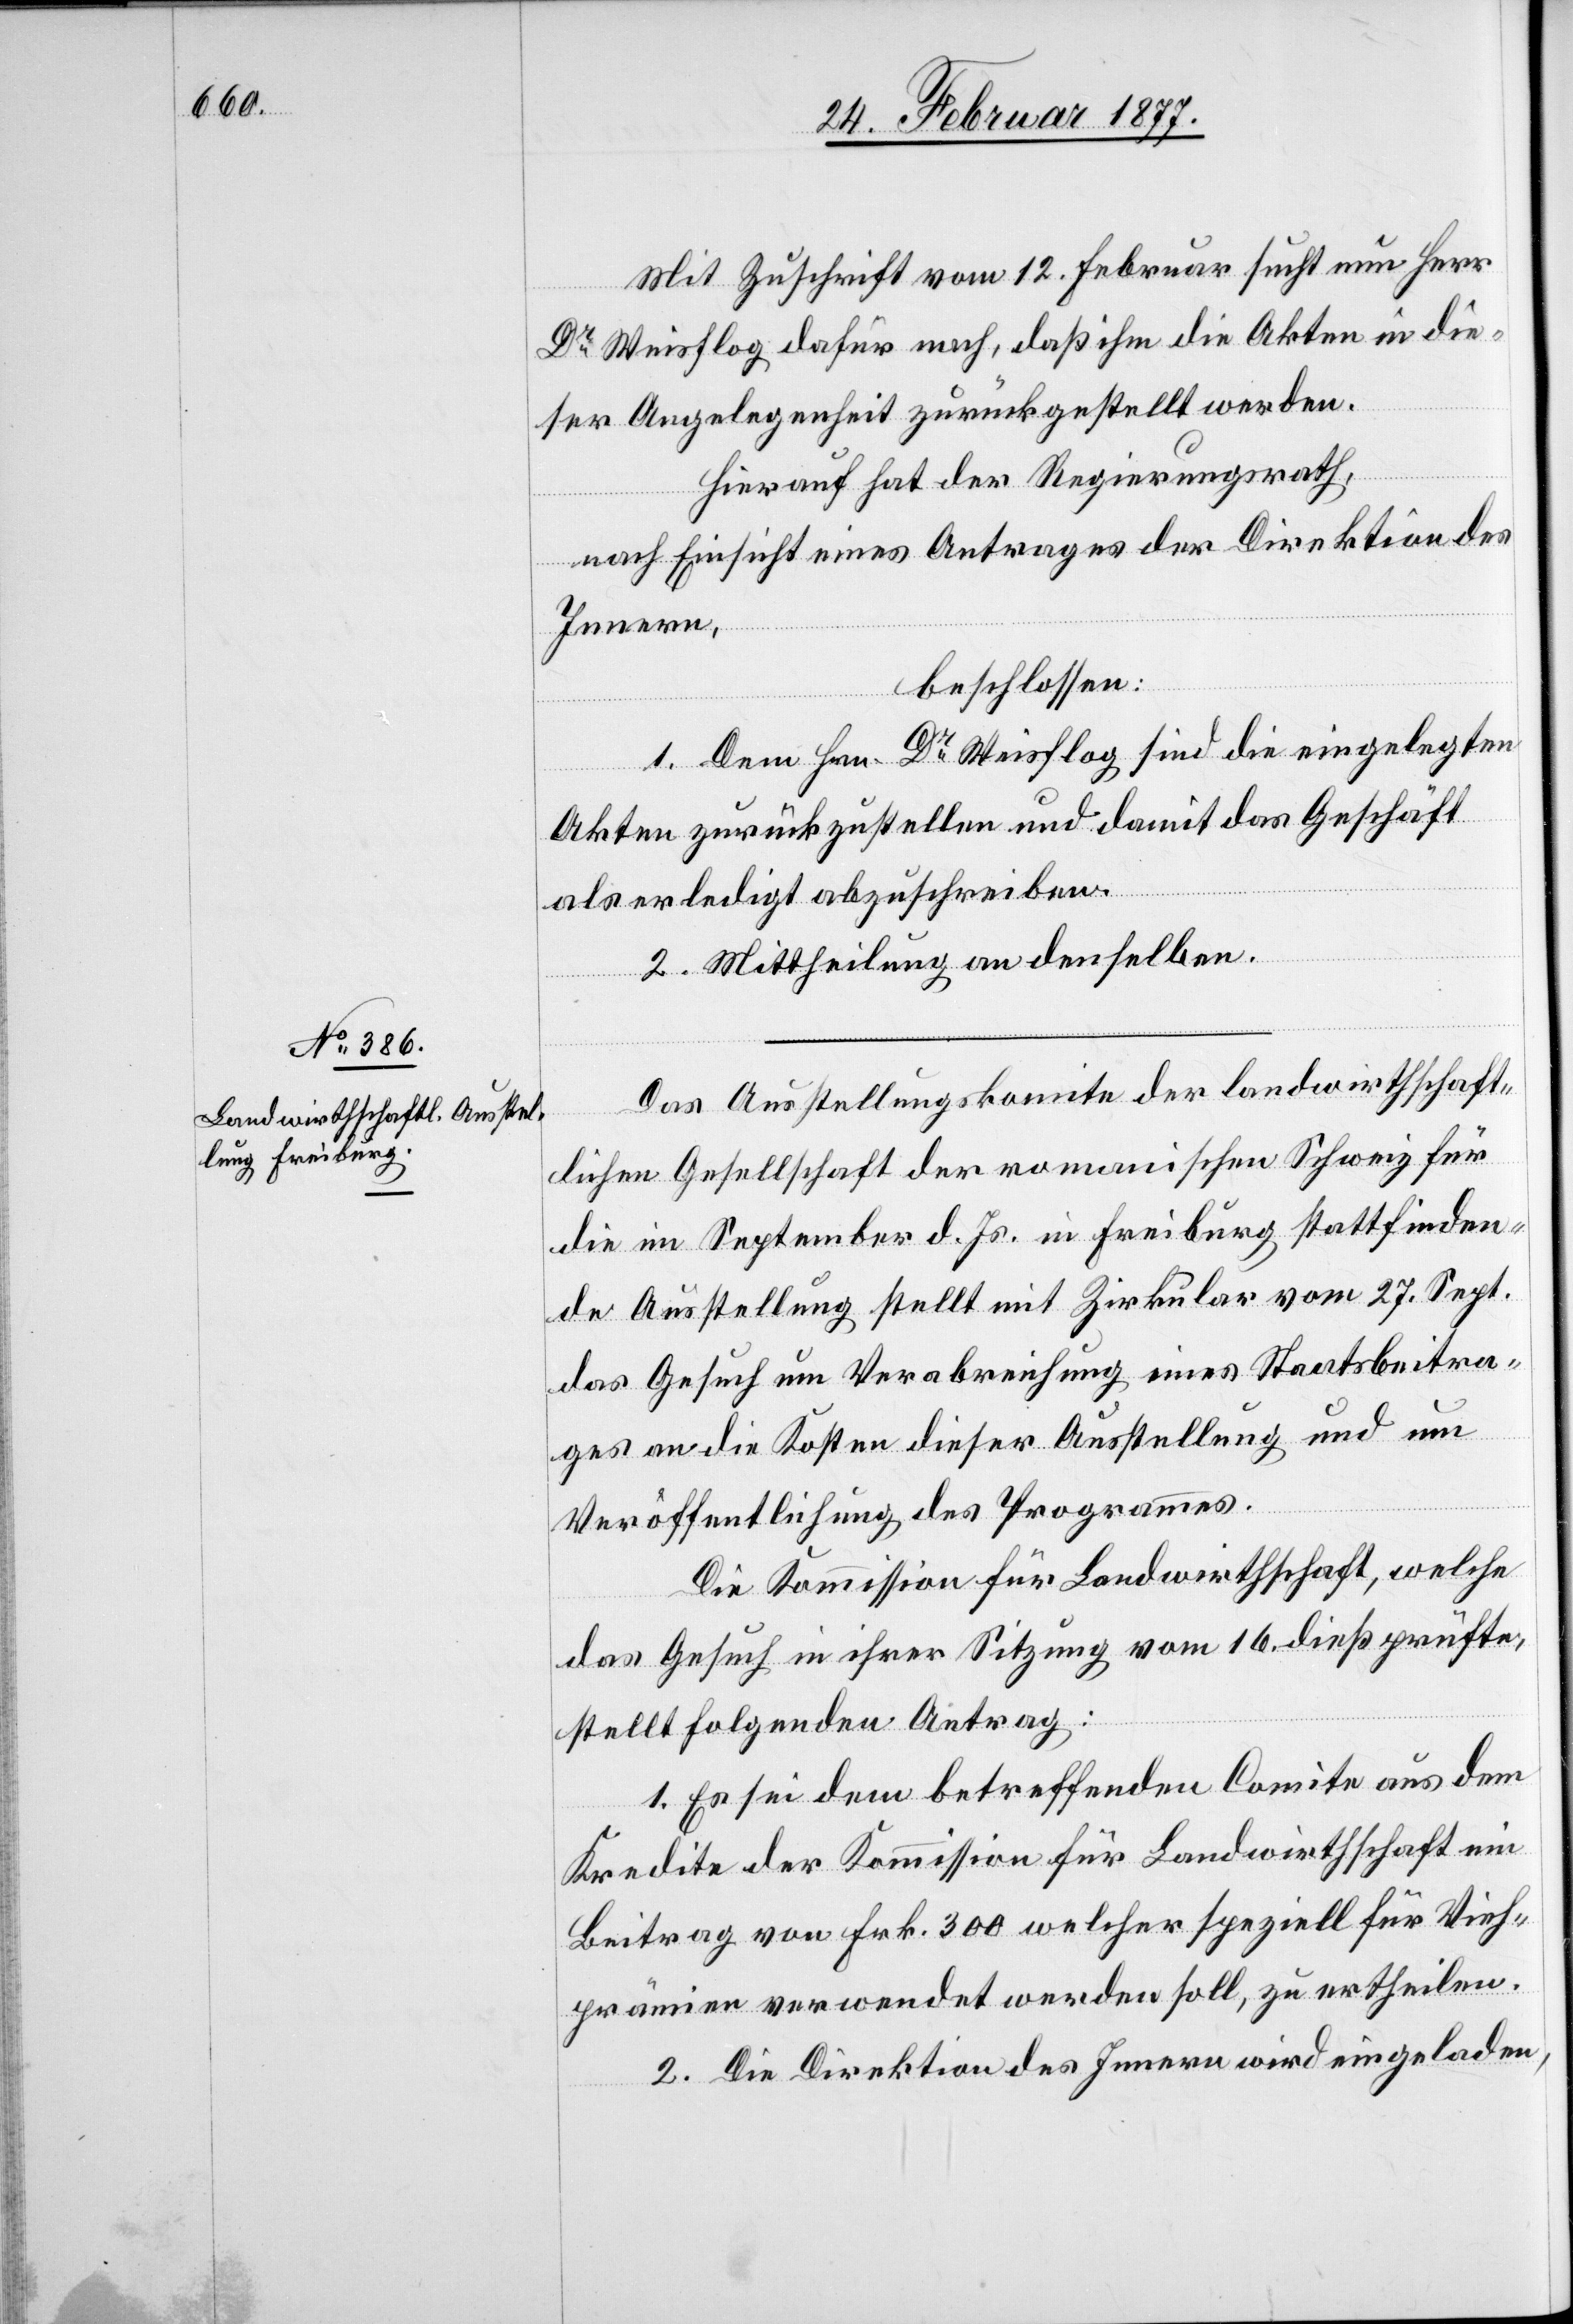
Mit Zuschrift vom 12. Februar sucht nun Herr
Dr Weisfolg dafür nach, daß ihm die Akten in die¬
ser Angelegenheit zurückgestellt werden.
Herauf hat der Regierungsrath,
nach Einsicht eines Antrages der Direktion des
Innern,
beschlossen:
1. Dem Hrn. Dr Weisfolg sind die eingelegten
Akten zurückzustellen und damit das Geschäft
als erledigt abzuschreiben.
2. Mittheilung an denselben.
Das Ausstellungskomite der landwirthschaft¬
lichen Gesellschaft der romanischen Schweiz für
die im September d. Js. in Freiburg stattfinden¬
de Ausstellung stellt mit Zirkular vom 27. Sept.
das Gesuch um Verabreichung eines Staatsbeitra¬
ges an die Kosten dieser Ausstellung und um
Veröffentlichung des Programmes.
Die Kommission für Landwirthschaft, welche
das Gesuch in ihrer Sitzung vom 16. dieß prüfte,
stellt folgenden Antrag:
1. Es sei dem betreffenden Comite aus dem
Kredite der Kommission für Landwirthschaft ein
Beitrag von Frk. 300 welcher speziell für Vieh¬
prämien verwendet werden soll, zu ertheilen.
2. Die Direktion des Innern wird eingeladen,